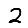
Digit: 2